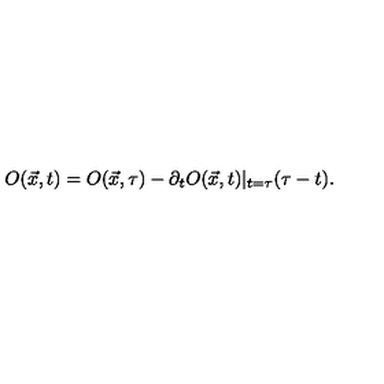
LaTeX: O ( \vec { x } , t ) = O ( \vec { x } , \tau ) - \partial _ { t } O ( \vec { x } , t ) | _ { t = \tau } ( \tau - t ) .